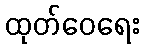
ထုတ်ဝေရေး